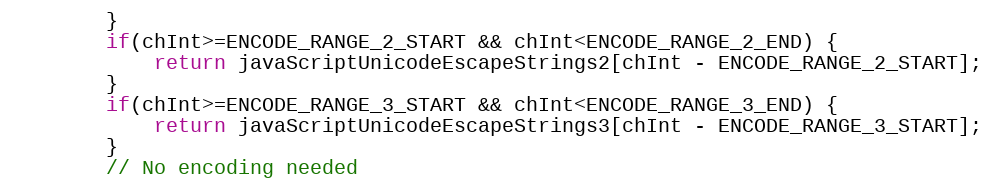
Language: Java
		}
		if(chInt>=ENCODE_RANGE_2_START && chInt<ENCODE_RANGE_2_END) {
			return javaScriptUnicodeEscapeStrings2[chInt - ENCODE_RANGE_2_START];
		}
		if(chInt>=ENCODE_RANGE_3_START && chInt<ENCODE_RANGE_3_END) {
			return javaScriptUnicodeEscapeStrings3[chInt - ENCODE_RANGE_3_START];
		}
		// No encoding needed